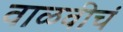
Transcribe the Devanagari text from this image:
वाळवीचं